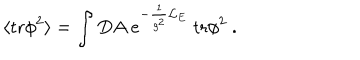
\langle \mathrm { t r } \phi ^ { 2 } \rangle = \int D A ~ e ^ { - \frac { 1 } { g ^ { 2 } } { \cal L } _ { E } } ~ \mathrm { t r } \phi ^ { 2 } ~ .